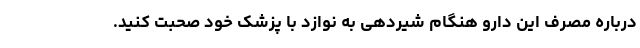
درباره مصرف این دارو هنگام شیردهی به نوازد با پزشک خود صحبت کنید.